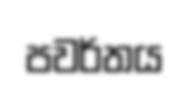
පවර්තය